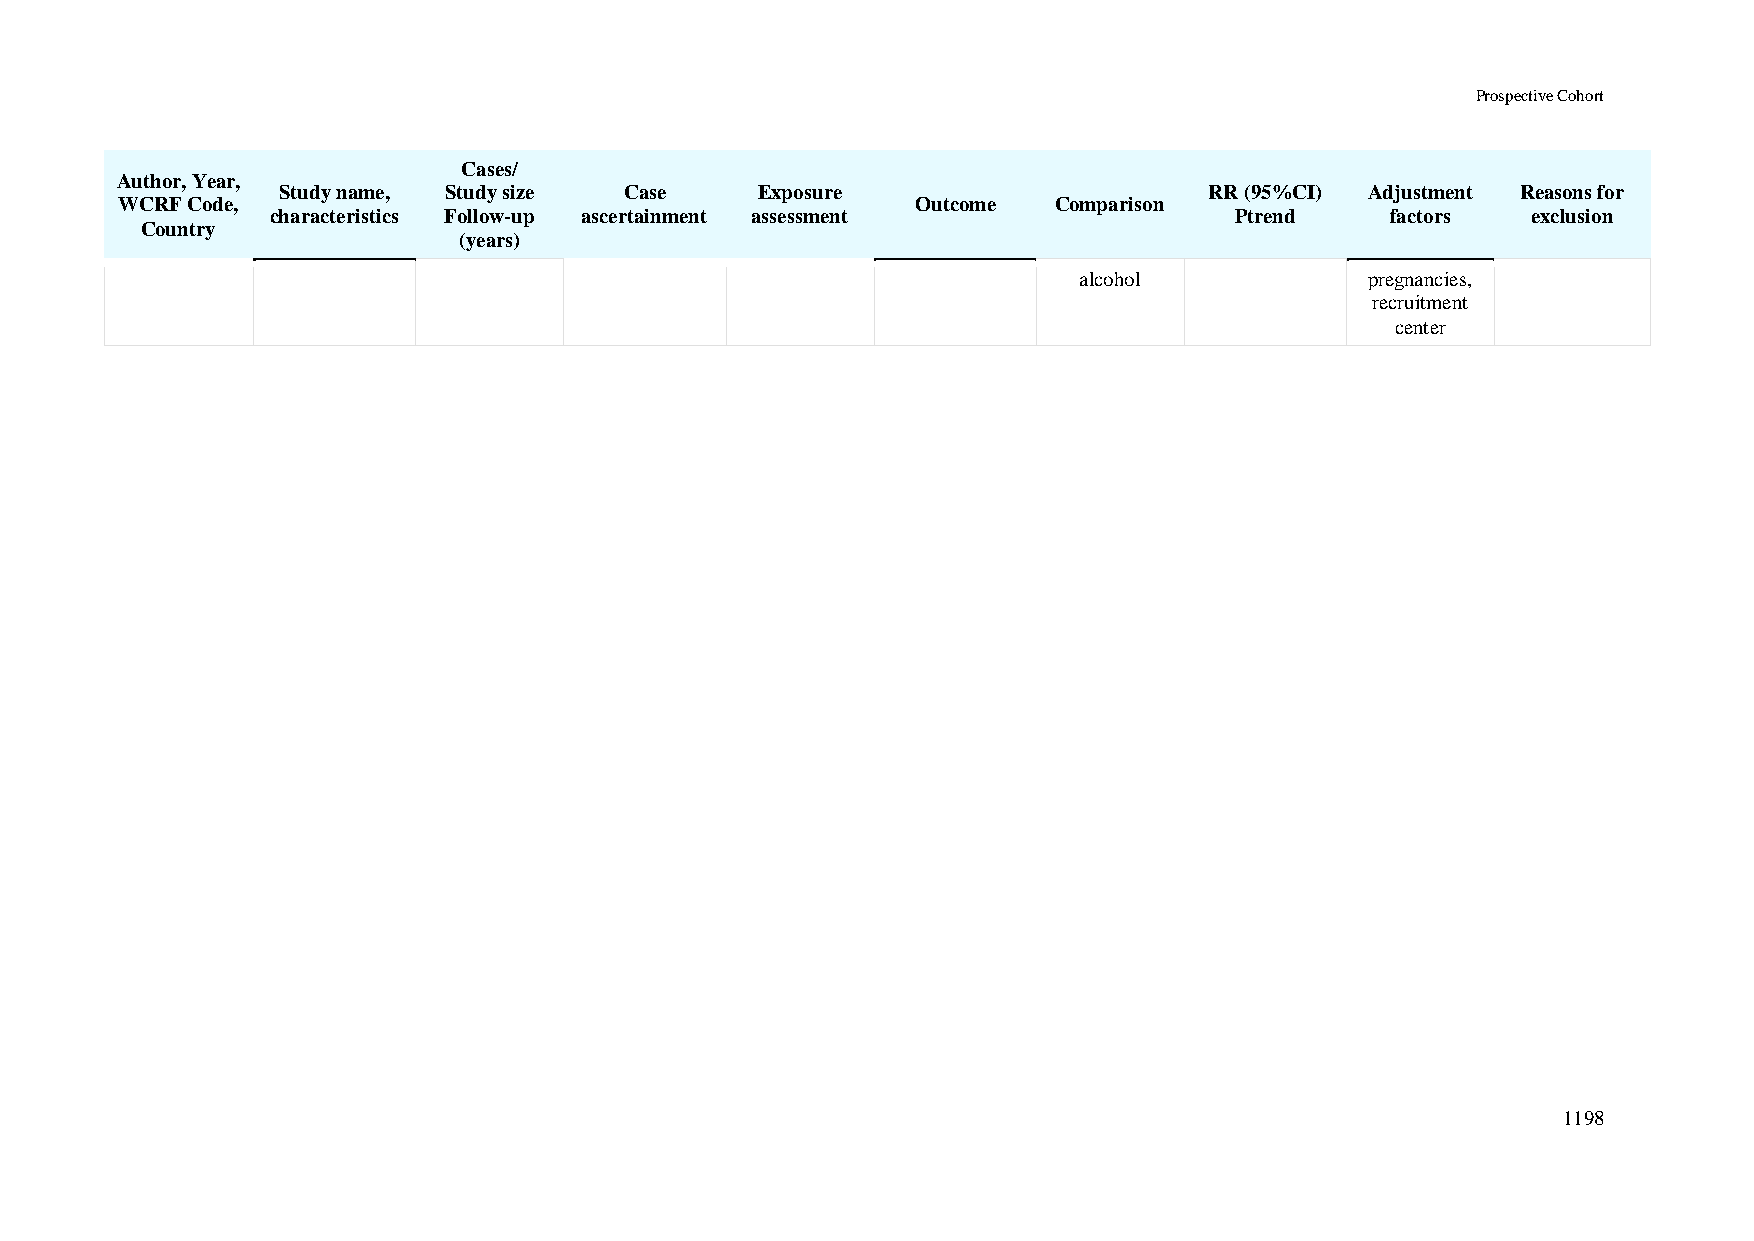
Prospective Cohort
 Cases/
 Author, Year,
 Study name, Study size Case     Exposure                      RR (95%CI) Adjustment Reasons for
 WCRF Code,                                           Outcome  Comparison
 characteristics Follow-up ascertainment assessment              Ptrend    factors  exclusion
 Country
 (years)
 alcohol             pregnancies,
 recruitment
 center
 1198